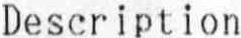
DESCRIPTION